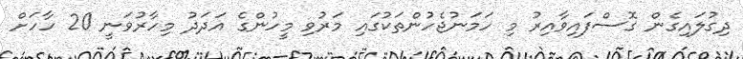
ދިގުލައިގެން ގޮސްފައިވާއިރު މި ހަމަނުޖެހުންތަކުގައި މަރުވި މީހުންގެ އަދަދު މިހާރުވަނީ 20 ހާހަށް